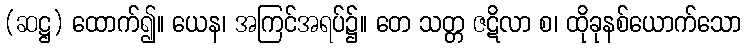
(ဆဋ္ဌ) ထောက်၍။ ယေန၊ အကြင်အရပ်၌။ တေ သတ္တ ဇဋိလာ စ၊ ထိုခုနစ်ယောက်သော